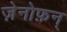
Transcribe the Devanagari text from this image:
ज़ेनोफ़न्